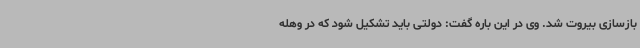
بازسازی بیروت شد. وی در این باره گفت: دولتی باید تشکیل شود که در وهله